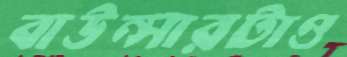
বাউন্সারটাও